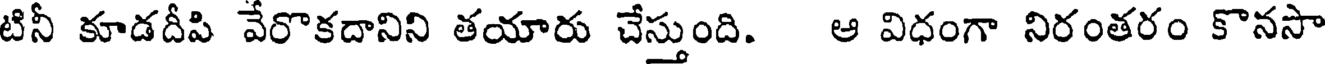
టినీ కూడదీపి వేరొకదానిని తయారు చేస్తుంది. ఆ విధంగా నిరంతరం కొనసా